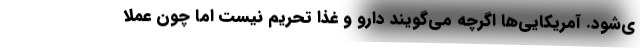
ی‌شود. آمریکایی‌ها اگرچه می‌گویند دارو و غذا تحریم نیست اما چون عملا